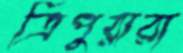
ত্রিপুরারা